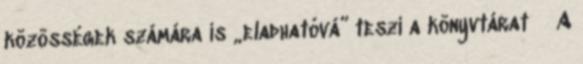
közösségek számára is „eladhatóvá” teszi a könyvtárat  A